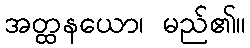
အတ္ထနယော၊ မည်၏။